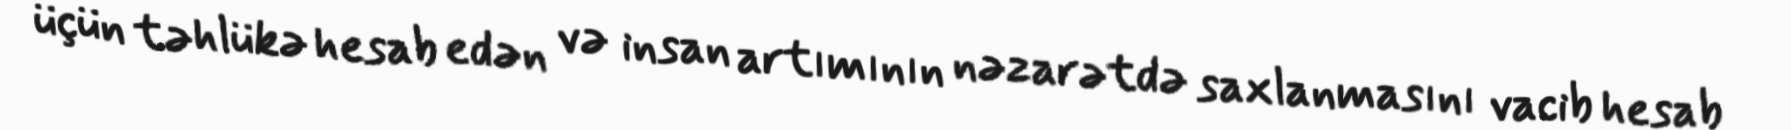
üçün təhlükə hesab edən və insan artımının nəzarətdə saxlanmasını vacib hesab